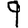
Digit: 9